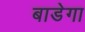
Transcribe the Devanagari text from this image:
बाडेगा